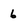
Character: 6